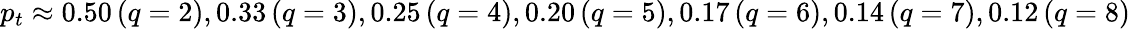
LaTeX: p_{t}\approx 0.50\, (q=2),0.33\, (q=3),0.25\, (q=4),0.20\, (q=5),0.17\, (q=6),0.14\, (q=7),0.12\, (q=8)